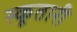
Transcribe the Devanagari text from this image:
स्कूतारी